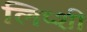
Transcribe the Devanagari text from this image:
लिप्शी